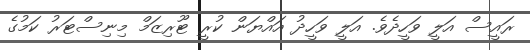
ރައީސް އަލީ ވަހީދެވެ. އަލީ ވަހީދު އައްޔަން ކުރީ ޓޫރިޒަމް މިނިސްޓަރު ކަމުގެ